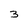
Character: 3